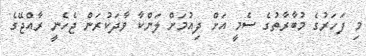
މި ފަހަރުގެ މުބާރާތުގެ ސެމީ އަށް ދިއުމަށް ލަންކާ ވާދަކުރަން ޖެހެނީ ރާއްޖޭގެ